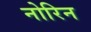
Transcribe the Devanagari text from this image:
नोरिन